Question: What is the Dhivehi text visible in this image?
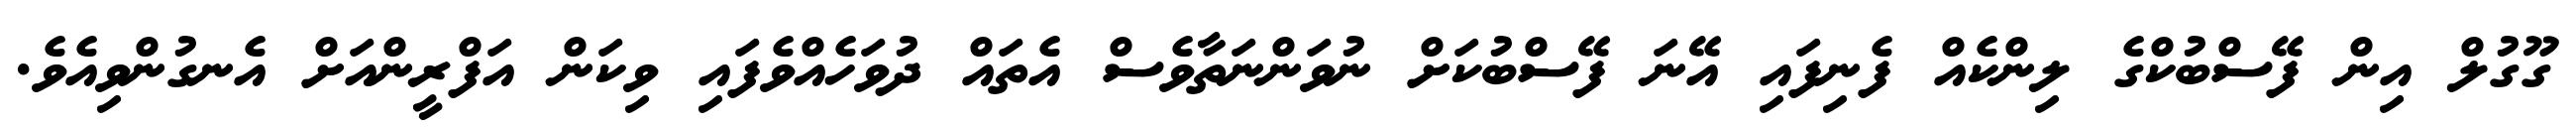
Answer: ގޫގުލް އިން ފޭސްބުކްގެ ލިންކެއް ފެނިފައި އޭނަ ފޭސްބުކަށް ނުވަންނަތާވެސް އެތައް ދުވަހެއްވެފައި ވިކަން އަފްރީންއަށް އެނގުންވިއެވެ.